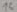
Text: 16